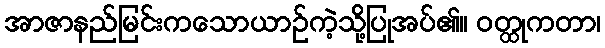
အာဇာနည်မြင်းကသောယာဉ်ကဲ့သို့ပြုအပ်၏။ ဝတ္ထုကတာ၊